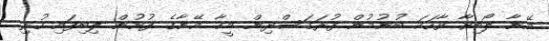
އޭނާ ލޯބިވާ ވާހަކަ ބުނުމުން ފުރަގަސްދިން މީހާ އޭނާގެ ފުށުން ލިބިފައި ހުރި